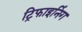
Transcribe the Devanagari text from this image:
ट्रिफाइनिंग